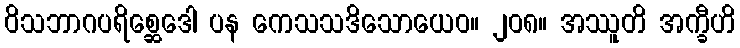
ဝိသဘာဂပရိစ္ဆေဒေါ ပန ကေသသဒိသောယေဝ။ ၂၀၈။ အဿူတိ အက္ခီဟိ